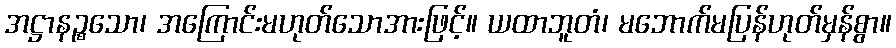
အဋ္ဌာနဉ္စသော၊ အကြောင်းမဟုတ်သောအားဖြင့်။ ယထာဘူတံ၊ မဘောက်မပြန်ဟုတ်မှန်စွာ။